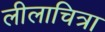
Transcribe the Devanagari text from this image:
लीलाचित्रा